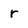
Character: r